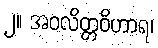
၂။ အဝလိတ္တဝိဟာရ၊